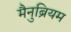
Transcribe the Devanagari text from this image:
मैनुब्रियम